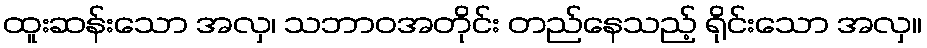
ထူးဆန်းသော အလှ၊ သဘာဝအတိုင်း တည်နေသည့် ရိုင်းသော အလှ။